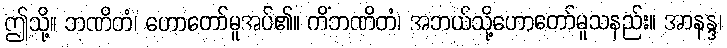
ဤသို့။ ဘဏိတံ၊ ဟောတော်မူအပ်၏။ ကိံဘဏိတံ၊ အဘယ်သို့ဟောတော်မူသနည်း။ အာနန္ဒ၊